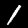
Digit: 1